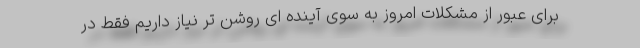
برای عبور از مشکلات امروز به سوی آینده ای روشن تر نیاز داریم فقط در